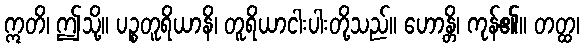
ဣတိ၊ ဤသို့။ ပဉ္စတူရိယာနိ၊ တူရိယာငါးပါးတို့သည်။ ဟောန္တိ၊ ကုန်၏။ တတ္ထ၊